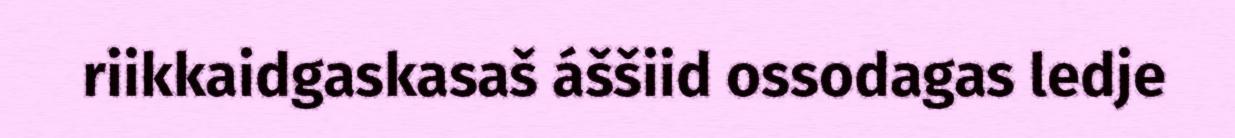
riikkaidgaskasaš áššiid ossodagas ledje